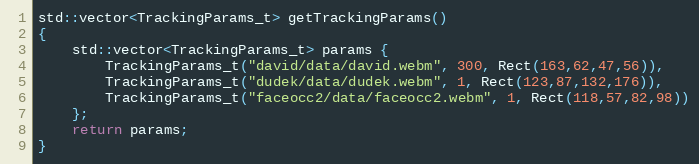
Language: C++
std::vector<TrackingParams_t> getTrackingParams()
{
    std::vector<TrackingParams_t> params {
        TrackingParams_t("david/data/david.webm", 300, Rect(163,62,47,56)),
        TrackingParams_t("dudek/data/dudek.webm", 1, Rect(123,87,132,176)),
        TrackingParams_t("faceocc2/data/faceocc2.webm", 1, Rect(118,57,82,98))
    };
    return params;
}